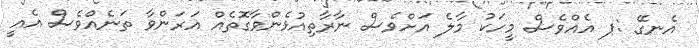
އެނގޭ :ޕ އެެއްވެސް މީހަކު މާލެ އަށްވެސް ނާރާތިއުޅެންވާގޮތެއް އަރަންވާ ތަނެއްވެސް އެއީ